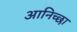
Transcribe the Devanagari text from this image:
आनिच्छा